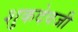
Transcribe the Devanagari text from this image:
शुकदेवजी